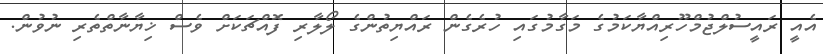
އެއީ ރައީސުލްޖުމްހޫރިއްޔާކަމުގެ މަގާމުގައި ހުރެގެން ރައްޔިތުންގެ ލޯލާރި ފޮއްޗަކަށް ވެސް ޚިޔާނާތްތެރި ނުވުން.